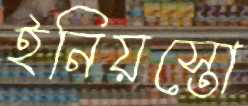
ইনিয়স্তো